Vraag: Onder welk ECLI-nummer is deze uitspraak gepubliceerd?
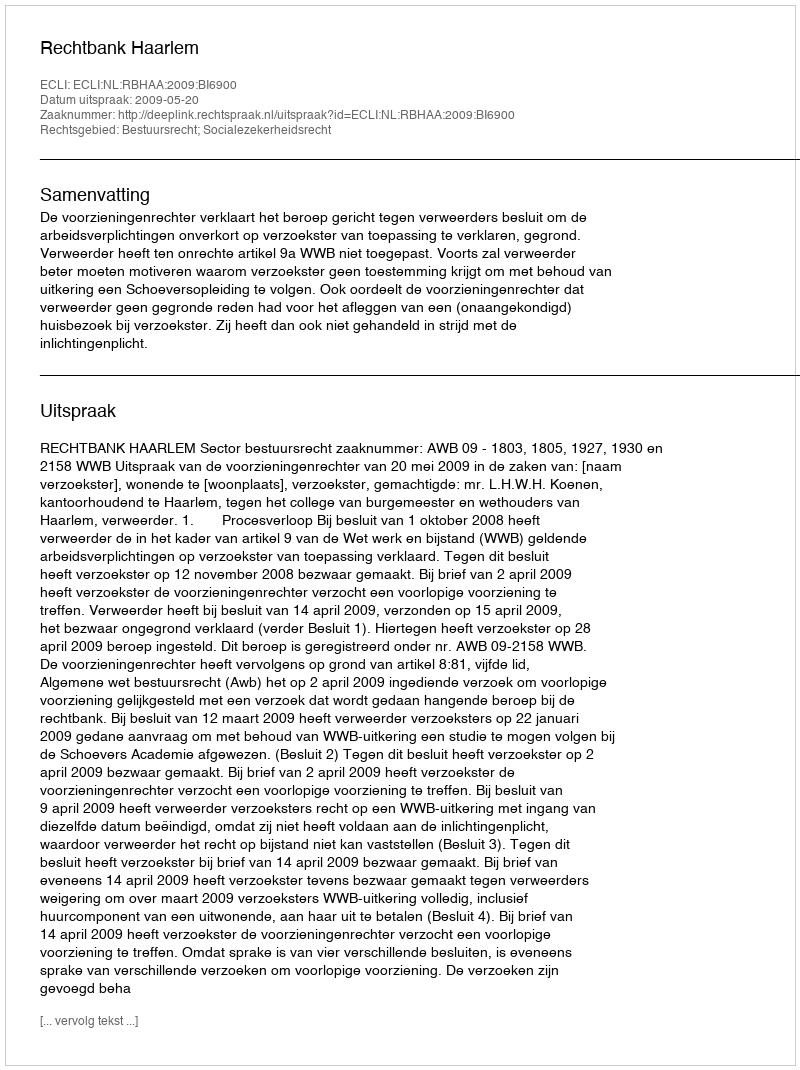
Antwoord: ECLI:NL:RBHAA:2009:BI6900